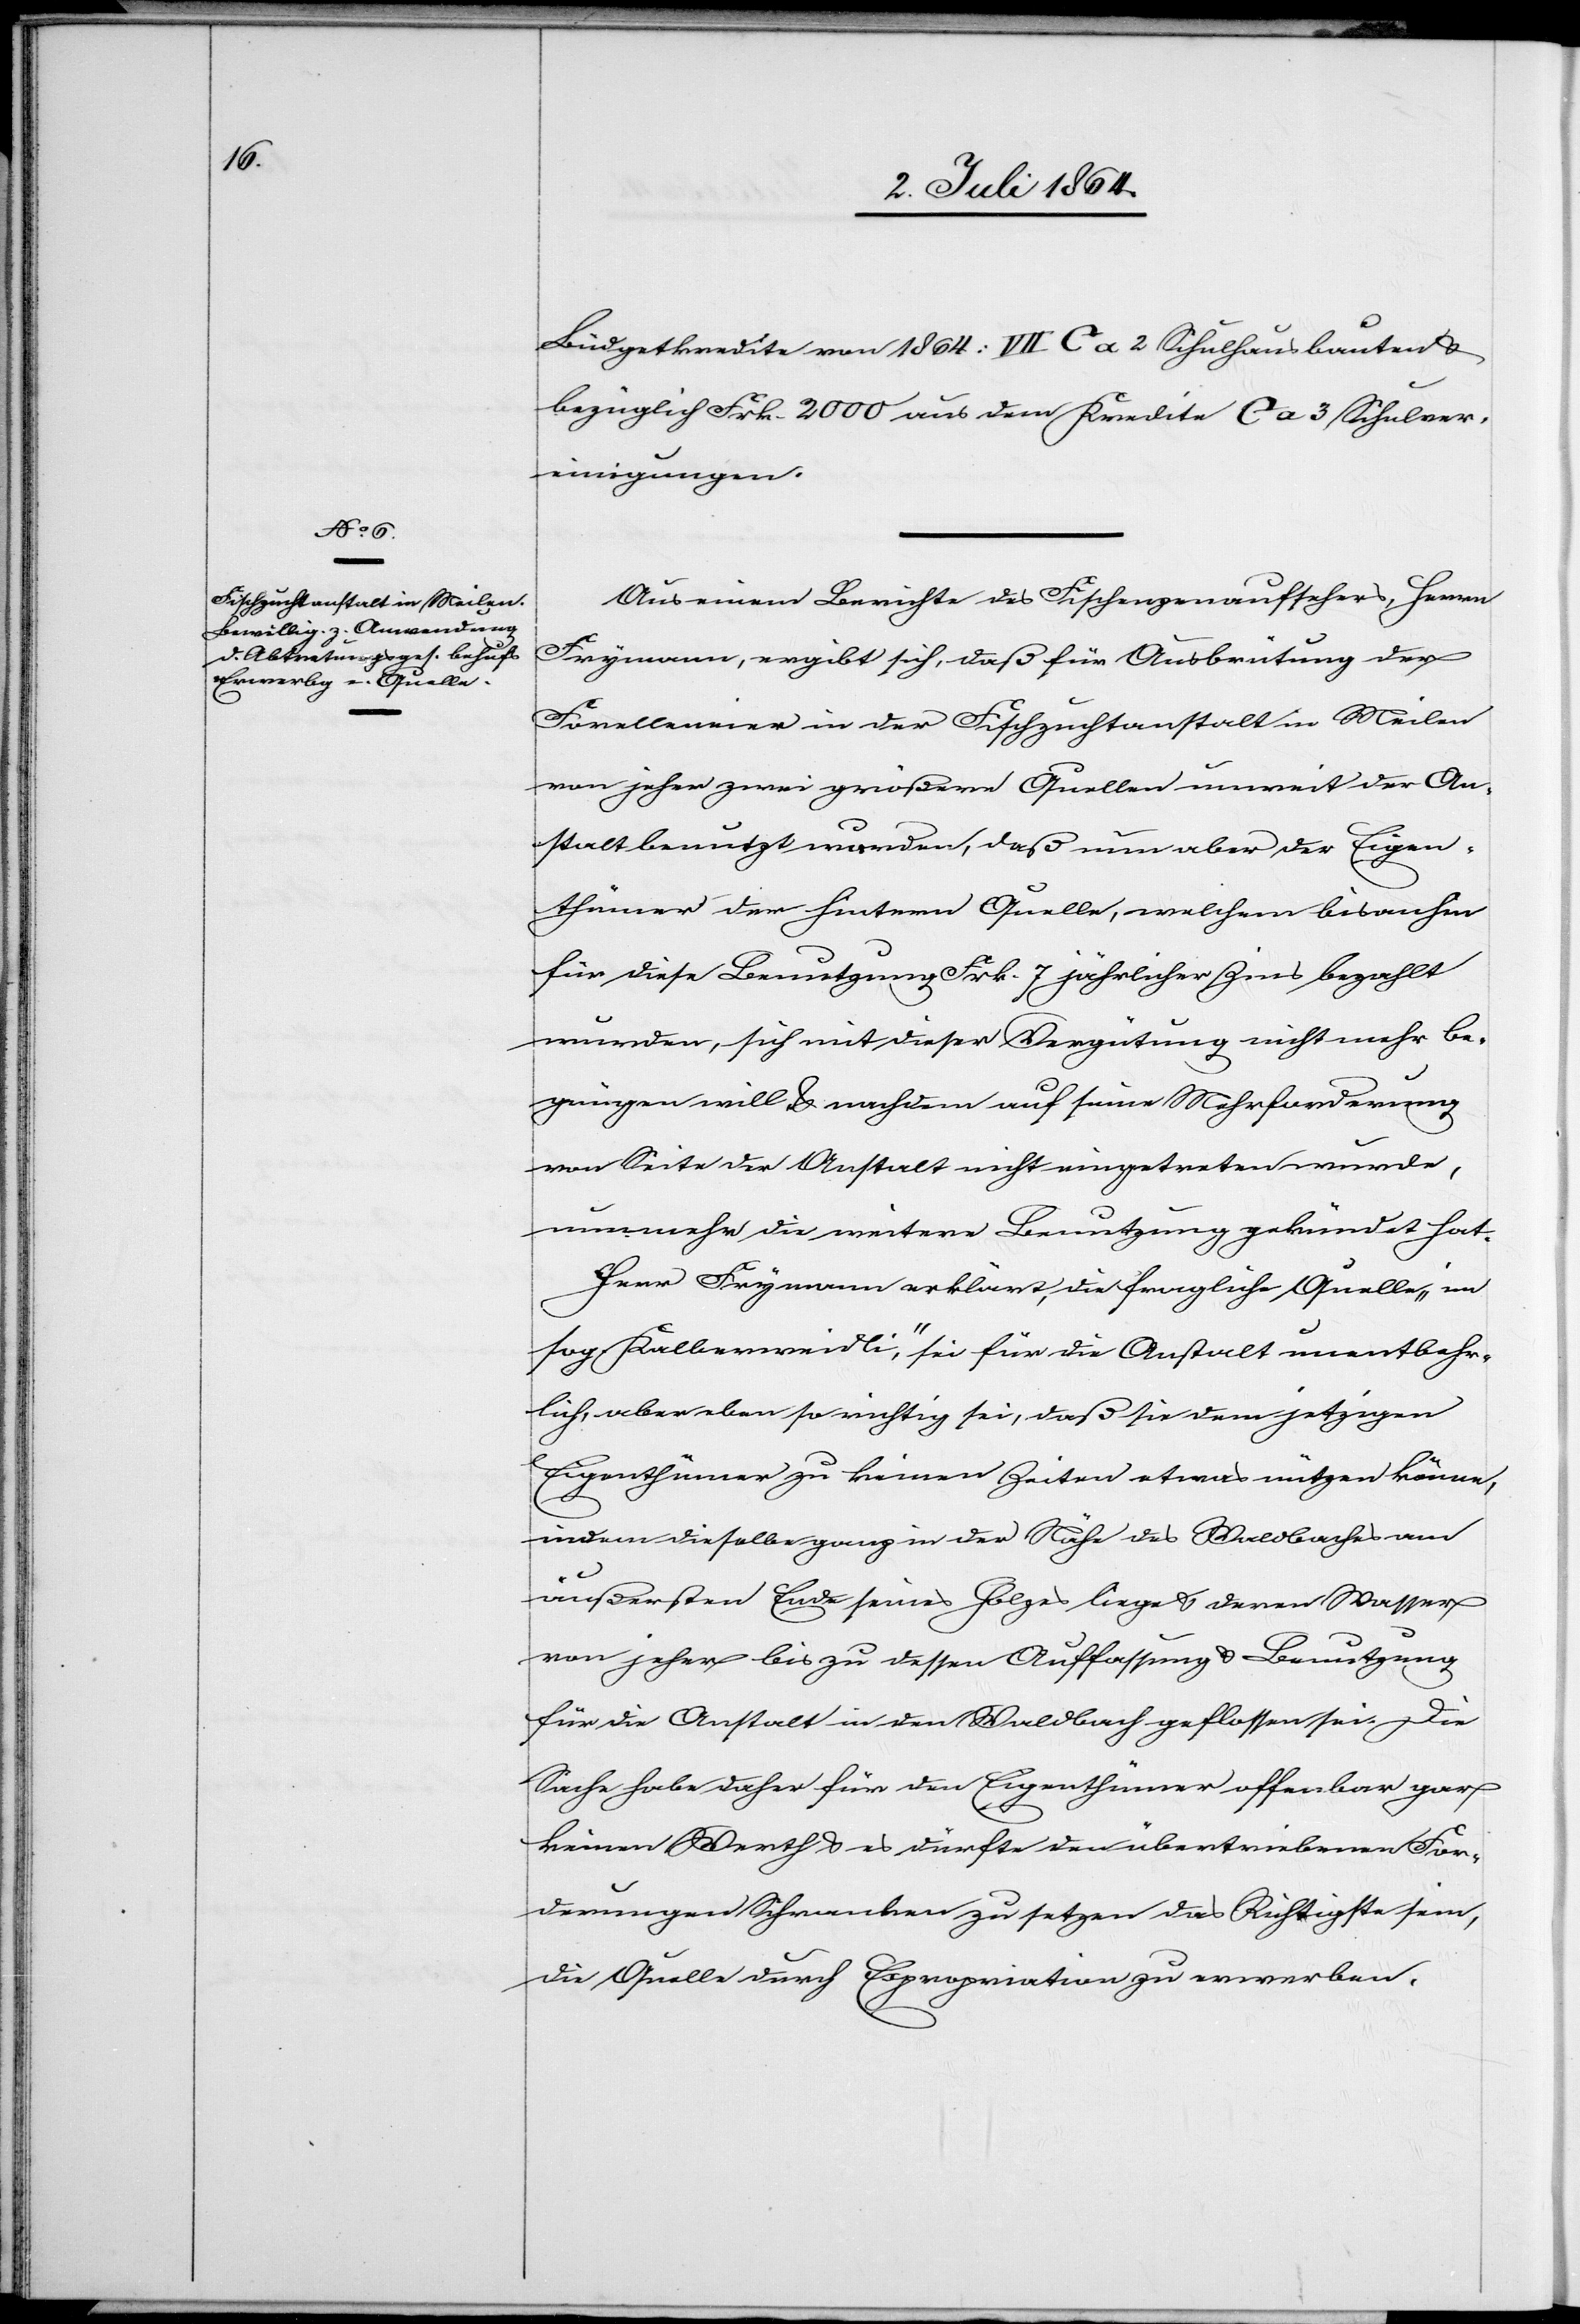
Aus einem Berichte des Fischenzenaufsehers, Herrn
Frymann, ergibt sich, daß für Ausbrütung der
Forelleneier in der Fischzuchtanstalt in Meilen
von jeher zwei größere Quellen unweit der An¬
stalt benutzt wurden, daß nun aber der Eigen¬
thümer der hintern Quelle, welchem bisanhin
für diese Benutzung Frk. 7 jährlicher Zins bezahlt
wurden, sich mit dieser Vergütung nicht mehr be¬
gnügen will u. nachdem auf seine Mehrforderung
von Seite der Anstalt nicht eingetreten wurde,
nunmehr die weitere Benutzung gekündet hat.
Herr Frymann erklärt, die fragliche Quelle „im
sog. Kalberweidli“, sei für die Anstalt unentbehr¬
lich, aber eben so richtig sei, daß sie dem jetzigen
Eigenthümer zu keinen Zeiten etwas nützen könne,
indem dieselbe ganz in der Nähe des Waldbaches am
äußersten Ende seines Holzes liege u. deren Wasser
von jeher bis zu dessen Auffassung u. Benutzung
für die Anstalt in den Waldbach geflossen sei. Die
Sache habe daher für den Eigenthümer offenbar gar
keinen Werth u. es dürfte den übertriebenen For¬
derungen Schranken zu setzen das Richtigste sein,
die Quelle durch Expropriation zu erwerben.